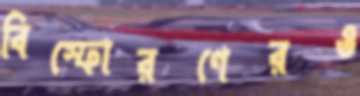
বিস্ফোরণেরও